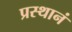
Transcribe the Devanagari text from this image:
प्रस्थानं